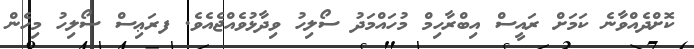
ކޮށްދެއްވާނެ ކަމަށް ރައީސް އިބްރާހިމް މުހައްމަދު ސޯލިހު ވިދާޅުވެއްޖެއެވެ. ފރަޢިސް ސޯލިހު މިހެން